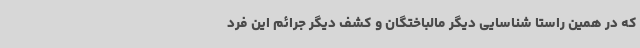
که در همین راستا شناسایی دیگر مالباختگان و کشف دیگر جرائم این فرد